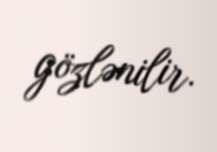
gözlənilir.